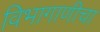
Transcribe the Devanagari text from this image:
विभागाणीचा